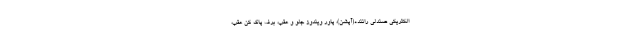
الکتریکی صندلی راننده(آپشن)، پاور ویندوز جلو و عقب، برف پاک کن عقب،